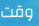
وقت